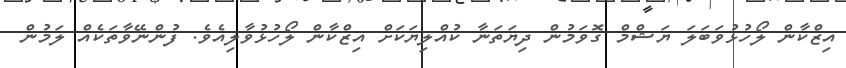
އިޒްކާން ލޯހުޅުވަބަލަ ޔަޝްމް ގޮވަމުން ދިޔަތަނާ ކުއްލިޔަކަށް އިޒްކާން ލޯހުޅުވާލިއެވެ. ފުންނޭވާތަކެއް ލަމުން